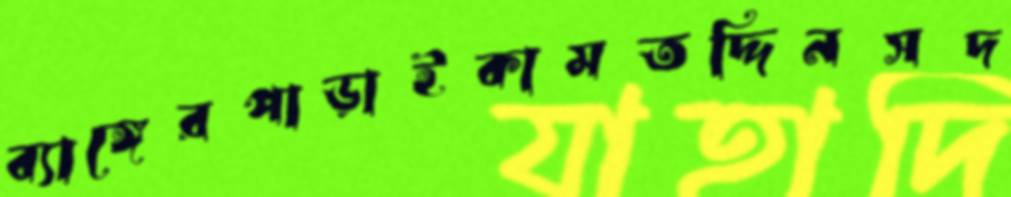
ব্যাঙ্গেরপাড়াইকামতদ্দিনসদ